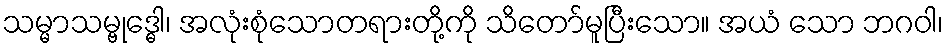
သမ္မာသမ္ဗုဒ္ဓေါ၊ အလုံးစုံသောတရားတို့ကို သိတော်မူပြီးသော။ အယံ သော ဘဂဝါ၊